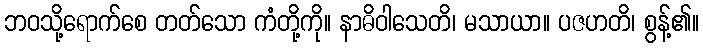
ဘဝသို့ရောက်စေ တတ်သော ကံတို့ကို။ နာဓိဝါသေတိ၊ မသာယာ။ ပဇဟတိ၊ စွန့်၏။